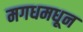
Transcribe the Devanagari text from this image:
मगधमधून